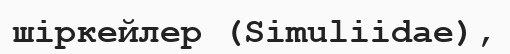
шіркейлер (Sіmulііdae),